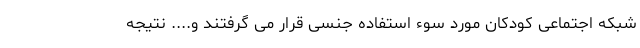
شبکه اجتماعی کودکان مورد سوء استفاده جنسی قرار می گرفتند و.... نتیجه